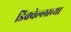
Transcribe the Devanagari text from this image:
डिक्वेल्लाच्या